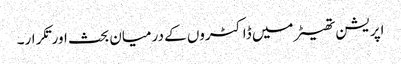
اپریشن تھیٹر میں ڈاکٹروں کے درمیان بحث اورتکرار۔